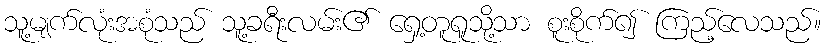
သူ့မျက်လုံးအစုံသည် သူ့ခရီးလမ်း၏ ရှေ့တူရူသို့သာ စူးစိုက်၍ ကြည့်လေသည်။